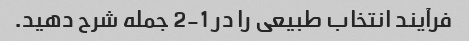
فرآیند انتخاب طبیعی را در 1-2 جمله شرح دهید.